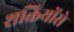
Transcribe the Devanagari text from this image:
शक्तियोंसे